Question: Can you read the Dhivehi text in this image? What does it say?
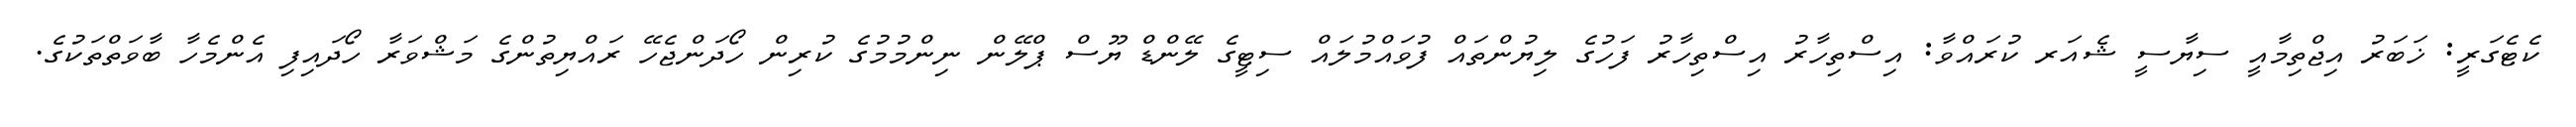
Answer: ކެޓެގަރީ: ޚަބަރު އިޖްތިމާއީ ސިޔާސީ ޝެއަރ ކުރައްވާ: އިސްތިހާރު އިސްތިހާރު ފަހުގެ ލިޔުންތައް ފުވައްމުލައް ސިޓީގެ ލޭންޑް ޔޫސް ޕްލޭން ނިންމުމުގެ ކުރިން ހޯދަންޖެހޭ ރައްޔިތުންގެ މަޝްވަރާ ހޯދައިފި އެންމެހާ ބާވަތްތަކުގެ.